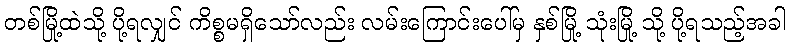
တစ်မြို့ထဲသို့ ပို့ရလျှင် ကိစ္စမရှိသော်လည်း လမ်းကြောင်းပေါ်မှ နှစ်မြို့ သုံးမြို့ သို့ ပို့ရသည့်အခါ